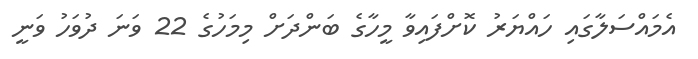
އެމައްސަލާގައި ހައްޔަރު ކޮށްފައިވާ މީހާގެ ބަންދަށް މިމަހުގެ 22 ވަނަ ދުވަހު ވަނީ